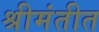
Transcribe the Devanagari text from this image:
श्रीमंतीत